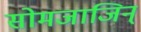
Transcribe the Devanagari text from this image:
सोमजाजिन्